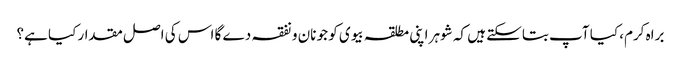
براہ کرم، کیا آپ بتاسکتے ہیں کہ شوہر اپنی مطلقہ بیوی کو جو نان و نفقہ دے گا اس کی اصل مقدار کیا ہے؟